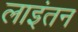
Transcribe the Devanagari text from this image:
लाइंतन